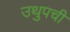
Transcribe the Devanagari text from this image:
उथुपची